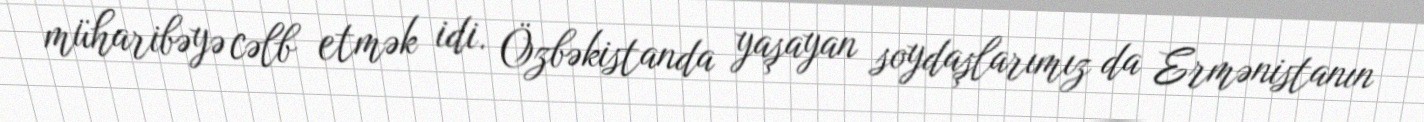
müharibəyə cəlb etmək idi. Özbəkistanda yaşayan soydaşlarımız da Ermənistanın